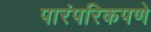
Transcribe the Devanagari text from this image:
पारंपरिकपणे